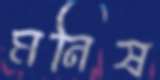
মনিষ